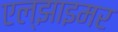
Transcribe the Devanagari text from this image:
एल्झाइमर